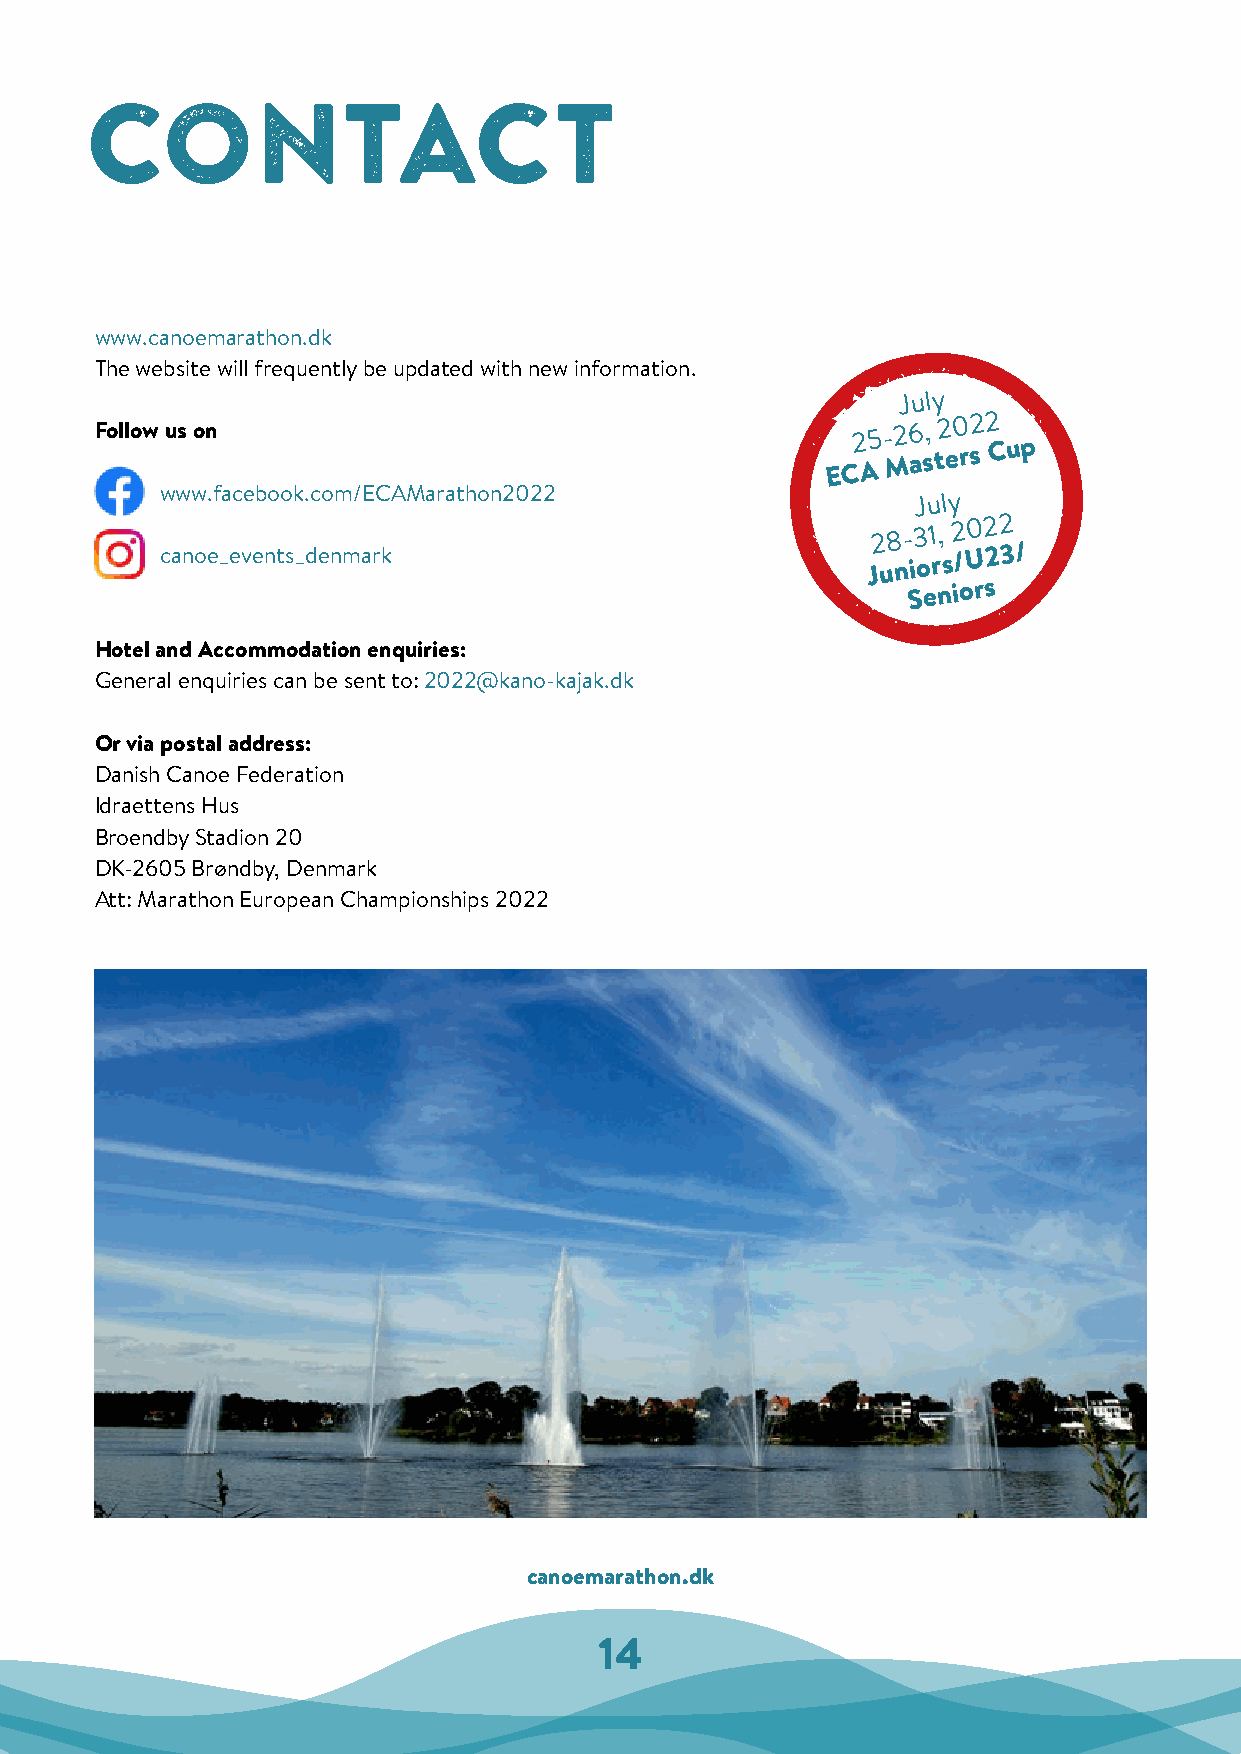
CONTACT
 www.canoemarathon.dk
 The website will frequently be updated with new information.
 July
 Follow us on                                     EC2 A5 - M26 as, t2 e0 rs2 2 C up
 www.facebook.com/ECAMarathon2022                  July
 28-31,
 2022
 canoe_events_denmark                           Juniors/U23/
 Seniors
 Hotel and Accommodation enquiries:
 General enquiries can be sent to: 2022@kano-kajak.dk
 Or via postal address:
 Danish Canoe Federation
 Idraettens Hus
 Broendby Stadion 20
 DK-2605 Brøndby, Denmark
 Att: Marathon European Championships 2022
 canoemarathon.dk
 14